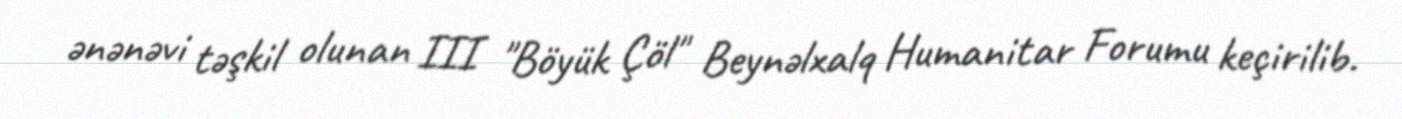
ənənəvi təşkil olunan III "Böyük Çöl" Beynəlxalq Humanitar Forumu keçirilib.